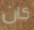
كان